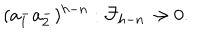
LaTeX: ( a _ { 1 } ^ { - } a _ { 2 } ^ { - } ) ^ { h - n } : { \cal F } _ { h - n } \rightarrow 0 .